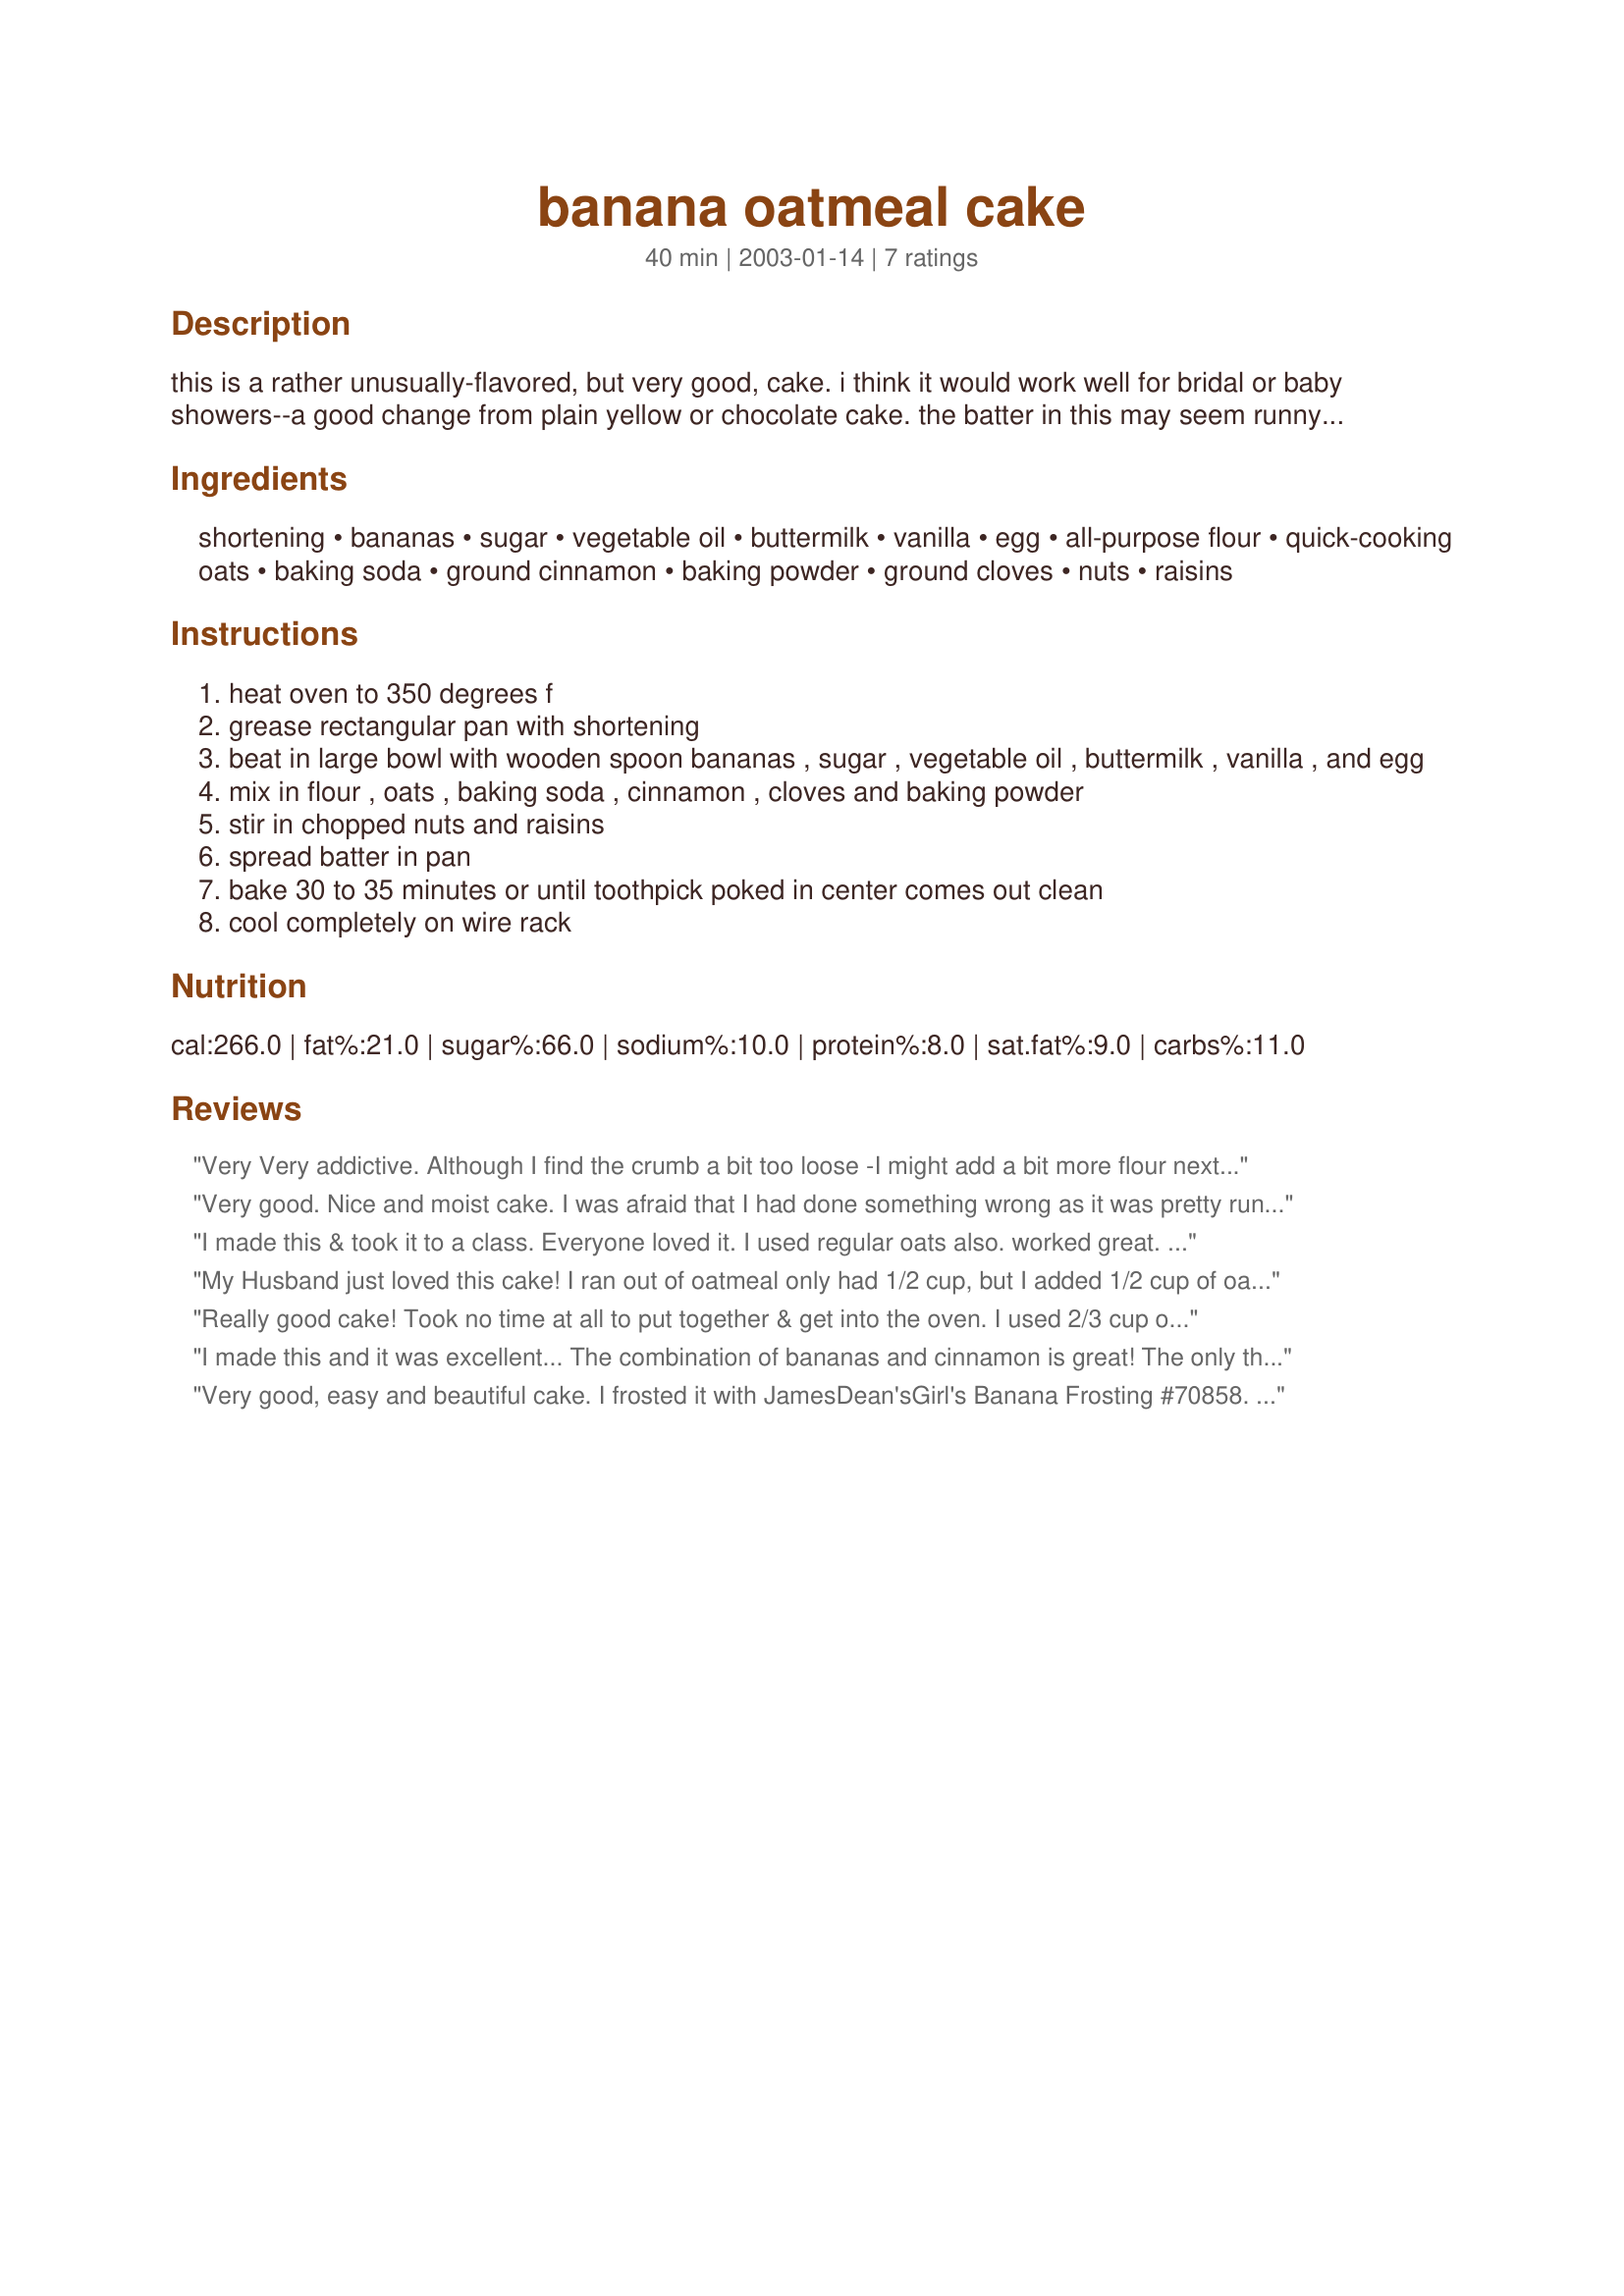
banana oatmeal cake
Preparation time: 40 minutes

this is a rather unusually-flavored, but very good, cake. i think it would work well for bridal or baby showers--a good change from plain yellow or chocolate cake. the batter in this may seem runny, but that's how it's supposed to be before you put it in the oven!

Ingredients:
shortening, bananas, sugar, vegetable oil, buttermilk, vanilla, egg, all-purpose flour, quick-cooking oats, baking soda, ground cinnamon, baking powder, ground cloves, nuts, raisins

Steps:
heat oven to 350 degrees f
grease rectangular pan with shortening
beat in large bowl with wooden spoon bananas , sugar , vegetable oil , buttermilk , vanilla , and egg
mix in flour , oats , baking soda , cinnamon , cloves and baking powder
stir in chopped nuts and raisins
spread batter in pan
bake 30 to 35 minutes or until toothpick poked in center comes out clean
cool completely on wire rack

Reviews:
Very Very addictive. Although I find the crumb a bit too loose -I might add a bit more flour next time, and a bit more of a sticking agent such as another egg...
Very good. Nice and moist cake. I was afraid that I had done something wrong as it was pretty runny, but it turned out just perfect. I topped it with banana frosting-Yummy. I didn't add the nuts and I used canola oil instead of veg.
I made this & took it to a class. Everyone loved it. I used regular oats also. worked great.

Topped with a cream cheese frosting and sprinkled walnuts over top. Highly recommend..
My Husband just loved this cake! I ran out of oatmeal only had 1/2 cup, but I added 1/2 cup of oat bran and it turned out perfectly moist and oh so good!! I did add an extra egg too. Will make this again! Thanks for a great recipe
Really good cake! Took no time at all to put together & get into the oven. I used 2/3 cup of mixed dried fruit bits for the raisins, otherwise followed the recipe exactly. The cake came out very moist, and I topped it with some leftover cream cheese frosting. Yummy! Thanks for posting! -M
I made this and it was excellent... The combination of bananas and cinnamon is great! The only things I had to improvise- I added a 1/2 cup cinnamon applesauce because I only had two bananas on hand, and added 3/4 tsp white vinegar to the milk since I didn&#039;t have any buttermilk. I didn&#039;t see salt listed in the ingredients, so I added 3/4 tsp and it turned out really tasty!
Very good, easy and beautiful cake. I frosted it with JamesDean'sGirl's Banana Frosting #70858. It was delicious! Thanks meow! for another great keeper.
